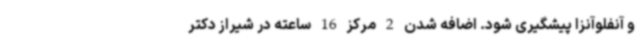
و آنفلوآنزا پیشگیری شود. اضافه شدن 2 مرکز 16 ساعته در شیراز دکتر